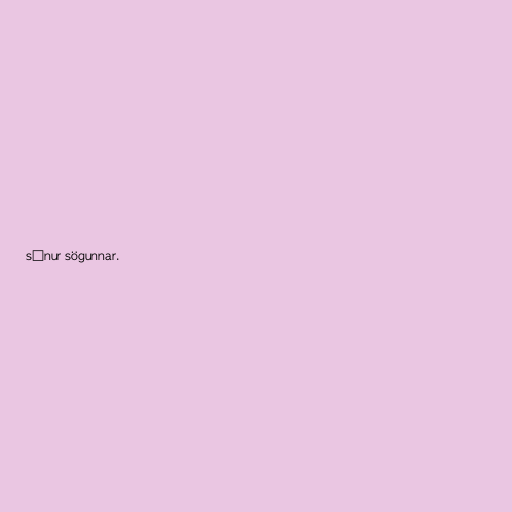
sónur sögunnar.